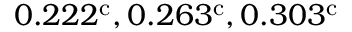
0 . 2 2 2 ^ { \mathrm { c } } , 0 . 2 6 3 ^ { \mathrm { c } } , 0 . 3 0 3 ^ { \mathrm { c } }